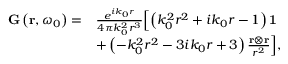
\begin{array} { r l } { \mathbf { G } \left( \mathbf { r } , \omega _ { 0 } \right) = } & { \frac { e ^ { i k _ { 0 } r } } { 4 \pi k _ { 0 } ^ { 2 } r ^ { 3 } } \Bigl [ \left( k _ { 0 } ^ { 2 } r ^ { 2 } + i k _ { 0 } r - 1 \right) \mathbf { 1 } } \\ & { + \left( - k _ { 0 } ^ { 2 } r ^ { 2 } - 3 i k _ { 0 } r + 3 \right) \frac { \mathbf { r } \otimes \mathbf { r } } { r ^ { 2 } } \Bigr ] , } \end{array}